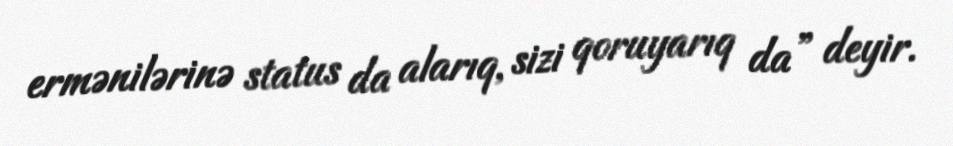
ermənilərinə status da alarıq, sizi qoruyarıq da” deyir.